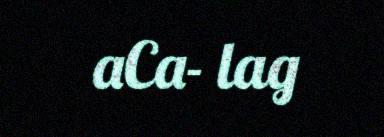
aCa- lag